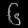
Digit: ၆